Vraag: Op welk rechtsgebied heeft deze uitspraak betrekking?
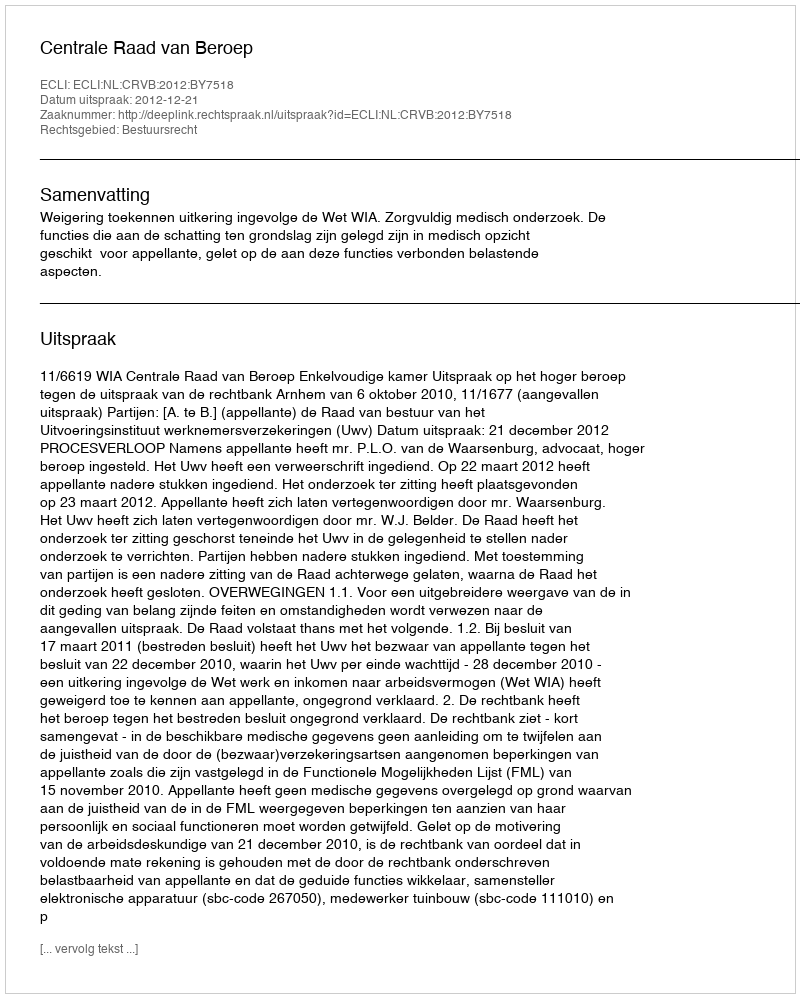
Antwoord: Bestuursrecht